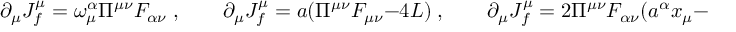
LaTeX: \partial _ { \mu } J _ { f } ^ { \mu } = \omega _ { \mu } ^ { \alpha } \Pi ^ { \mu \nu } F _ { \alpha \nu } \; , \quad \quad \partial _ { \mu } J _ { f } ^ { \mu } = a ( \Pi ^ { \mu \nu } F _ { \mu \nu } - 4 { \cal L } ) \; , \quad \quad \partial _ { \mu } J _ { f } ^ { \mu } = 2 \Pi ^ { \mu \nu } F _ { \alpha \nu } ( a ^ { \alpha } x _ { \mu } - a _ { \mu } x ^ { \alpha } - a \cdot x \delta _ { \mu } ^ { \alpha } ) + 8 a \cdot x { \cal L } \; ,